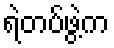
ရဲတပ်ဖွဲ့က